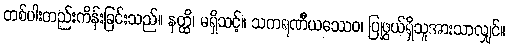
တစ်ပါးတည်းကိန်းခြင်းသည်။ နတ္ထိ၊ မရှိသင့်။ သကရဏီယဿေဝ၊ ပြုဖွယ်ရှိသူအားသာလျှင်။